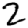
Digit: 2